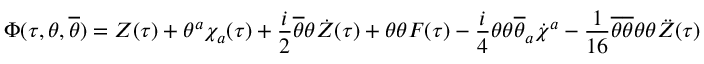
\Phi ( \tau , \theta , \overline { { { \theta } } } ) = Z ( \tau ) + \theta ^ { a } \chi _ { a } ( \tau ) + \frac { i } { 2 } \overline { { { \theta } } } \theta \dot { Z } ( \tau ) + \theta \theta F ( \tau ) - \frac { i } { 4 } \theta \theta \overline { { { \theta } } } _ { a } \dot { \chi } ^ { a } - \frac { 1 } { 1 6 } \overline { { { \theta } } } \overline { { { \theta } } } \theta \theta \ddot { Z } ( \tau )